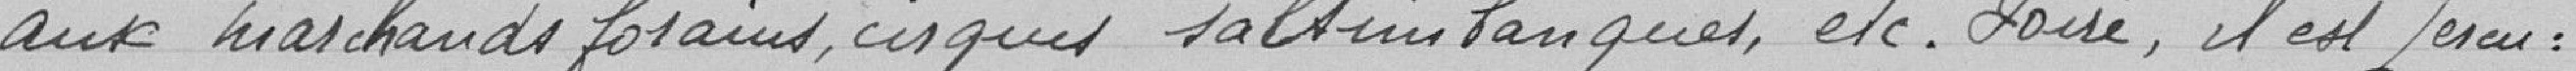
605.800. F